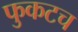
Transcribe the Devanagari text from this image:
फुकटच